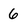
Character: 6